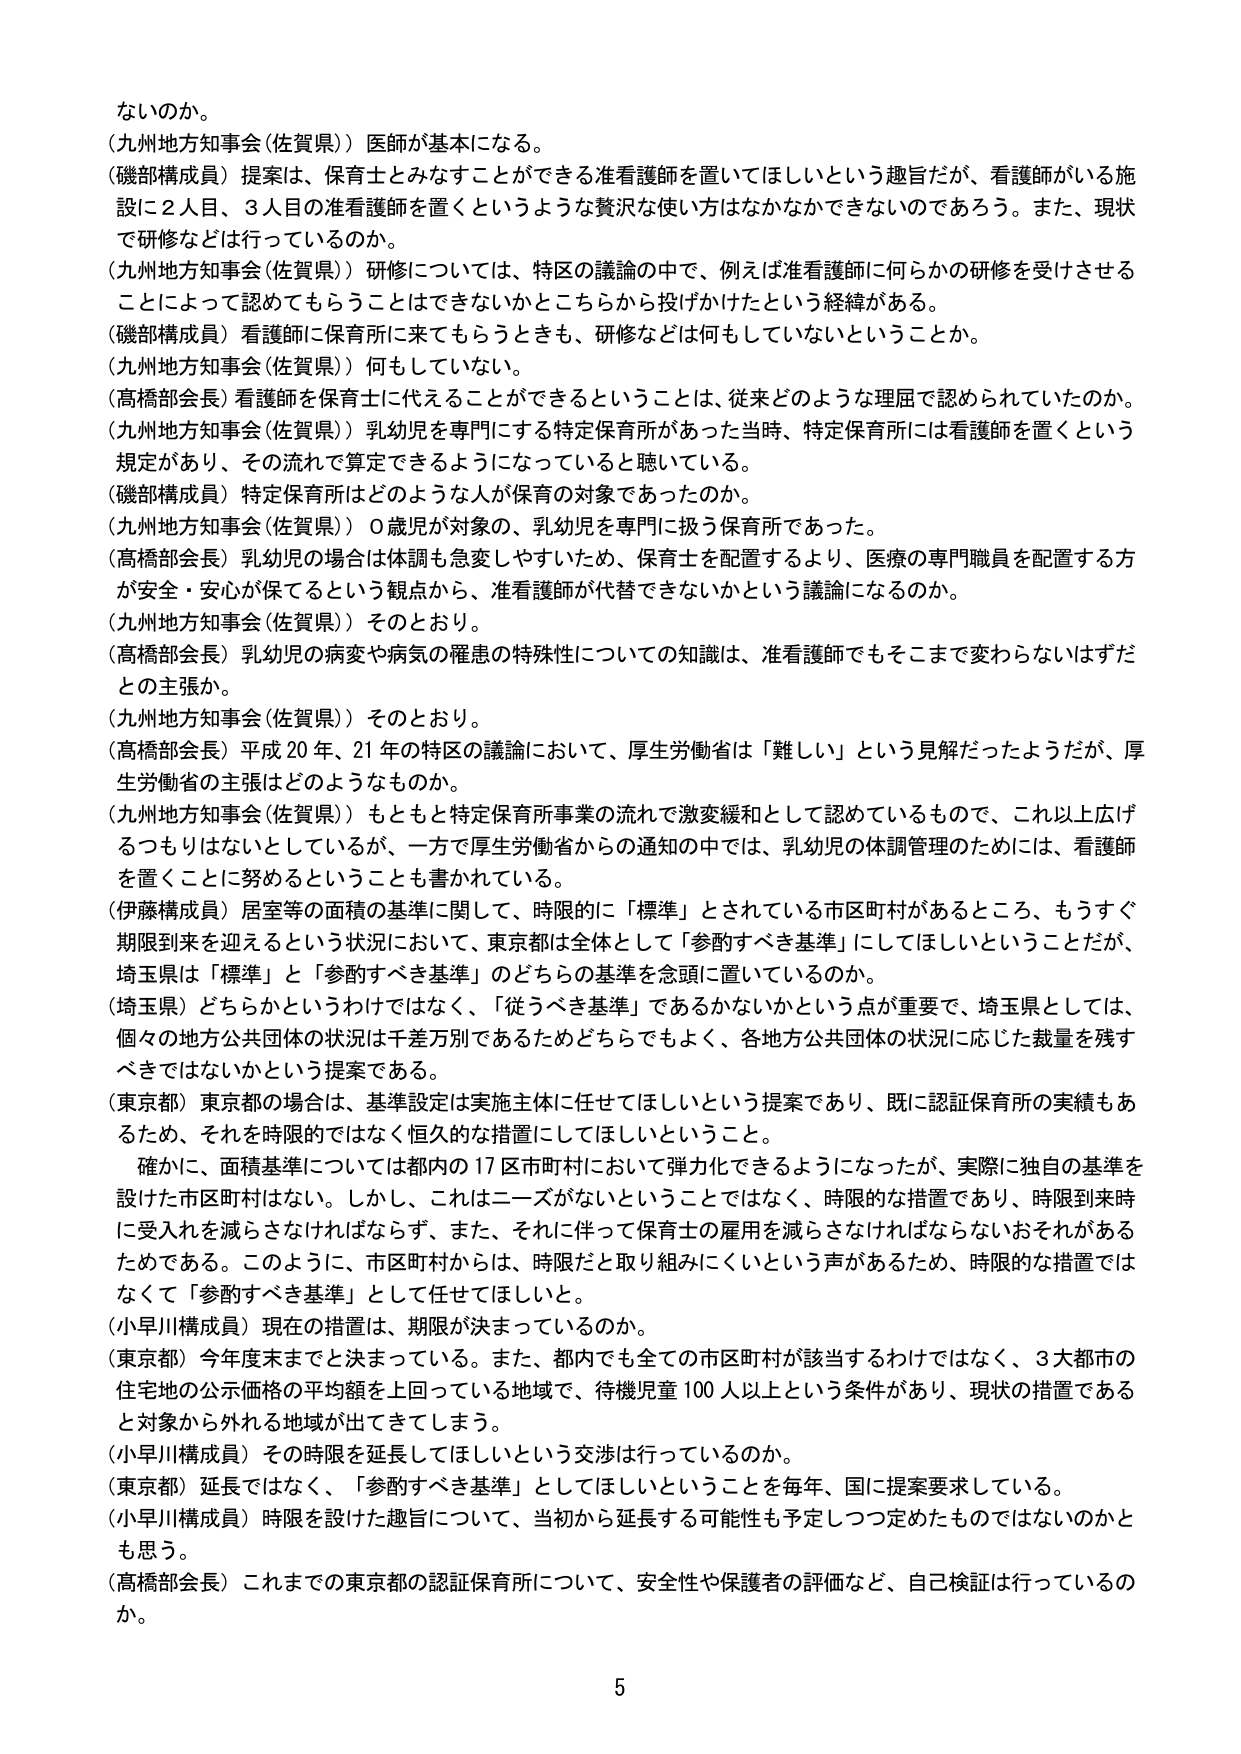
ないのか。
（九州地方知事会（佐賀県））医師が基本になる。
（磯部構成員）提案は、保育士とみなすことができる准看護師を置いてほしいという趣旨だが、看護師がいる施設に２人目、３人目の准看護師を置くというような贅沢な使い方はなかなかできないのであろう。また、現状で研修などは行っているのか。
（九州地方知事会（佐賀県））研修については、特区の議論の中で、例えば准看護師に何らかの研修を受けさせることによって認めてもらうことはできないかとこちらから投げかけたという経緯がある。
（磯部構成員）看護師に保育所に来てもらうときも、研修などは何もしていないということか。
（九州地方知事会（佐賀県））何もしていない。
（高橋部会長）看護師を保育士に代えることができるということは、従来どのような理屈で認められていたのか。
（九州地方知事会（佐賀県））乳幼児を専門にする特定保育所があった当時、特定保育所には看護師を置くという規定があり、その流れで算定できるようになっていると聴いている。
（磯部構成員）特定保育所はどのような人が保育の対象であったのか。
（九州地方知事会（佐賀県））０歳児が対象の、乳幼児を専門に扱う保育所であった。
（高橋部会長）乳幼児の場合は体調も急変しやすいため、保育士を配置するより、医療の専門職員を配置する方が安全・安心が保てるという観点から、准看護師が代替できないかという議論になるのか。
（九州地方知事会（佐賀県））そのとおり。
（高橋部会長）乳幼児の病変や病気の罹患の特殊性についての知識は、准看護師でもそこまで変わらないはずだとの主張か。
（九州地方知事会（佐賀県））そのとおり。
（高橋部会長）平成20年、21年の特区の議論において、厚生労働省は「難しい」という見解だったようだが、厚生労働省の主張はどのようなものか。
（九州地方知事会（佐賀県））もともと特定保育所事業の流れで激変緩和として認めているもので、これ以上広げるつもりはないとしているが、一方で厚生労働省からの通知の中では、乳幼児の体調管理のためには、看護師を置くことに努めるということも書かれている。
（伊藤構成員）居室等の面積の基準に関して、時限的に「標準」とされている市区町村があるところ、もうすぐ期限到来を迎えるという状況において、東京都は全体として「参酌すべき基準」にしてほしいということがだが、埼玉県は「標準」と「参酌すべき基準」のどちらの基準を念頭に置いているのか。
（埼玉県）どちらかというわけではなく、「従うべき基準」であるかないかという点が重要で、埼玉県としては、個々の地方公共団体の状況は千差万別であるためどちらでもよく、各地方公共団体の状況に応じた裁量を残すべきではないかという提案である。
（東京都）東京都の場合は、基準設定は実施主体に任せてほしいという提案であり、既に認証保育所の実績もあるため、それを時限的ではなく恒久的な措置にしてほしいということ。
　確かに、面積基準については都内の17区市町村において弾力化できるようになったが、実際に独自の基準を設けた市区町村はない。しかし、これはニーズがないということではなく、時限的な措置であり、時限到来時に受入れを減らさなければならず、また、それに伴って保育士の雇用を減らさなければならないおそれがあるためである。このように、市区町村からは、時限だと取り組みにくいという声があるため、時限的な措置ではなくて「参酌すべき基準」として任せてほしいと。
（小早川構成員）現在の措置は、期限が決まっているのか。
（東京都）今年度末までと決まっている。また、都内でも全ての市区町村が該当するわけではなく、3大都市の住宅地の公示価格の平均額を上回っている地域で、待機児童100人以上という条件があり、現状の措置であると対象から外れる地域が出てきてしまう。
（小早川構成員）その時限を延長してほしいという交渉は行っているのか。
（東京都）延長ではなく、「参酌すべき基準」としてほしいということを毎年、国に提案要求している。
（小早川構成員）時限を設けた趣旨について、当初から延長する可能性も予定しつつ定めたものではないのかと思う。
（高橋部会長）これまでの東京都の認証保育所について、安全性や保護者の評価など、自己検証は行っているのか。
5